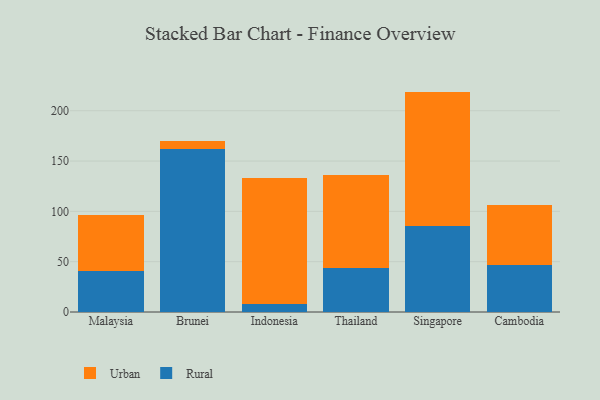
{"axis": {"x": "Country", "y": "Conversion Rate (%)"}, "legend": ["Rural", "Urban"], "data": [{"x": "Malaysia", "y": 41.2, "type": "Rural"}, {"x": "Malaysia", "y": 55.1, "type": "Urban"}, {"x": "Brunei", "y": 162.2, "type": "Rural"}, {"x": "Brunei", "y": 7.5, "type": "Urban"}, {"x": "Indonesia", "y": 7.7, "type": "Rural"}, {"x": "Indonesia", "y": 125.1, "type": "Urban"}, {"x": "Thailand", "y": 43.4, "type": "Rural"}, {"x": "Thailand", "y": 93.0, "type": "Urban"}, {"x": "Singapore", "y": 85.0, "type": "Rural"}, {"x": "Singapore", "y": 134.0, "type": "Urban"}, {"x": "Cambodia", "y": 47.2, "type": "Rural"}, {"x": "Cambodia", "y": 59.5, "type": "Urban"}]}